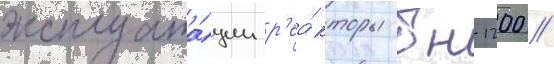
эксплуата́ции р'еа́кторы бн-1200 /